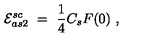
{ \cal E } _ { a s 2 } ^ { s c } \ = \ \frac 1 4 C _ { s } F ( 0 ) \ ,